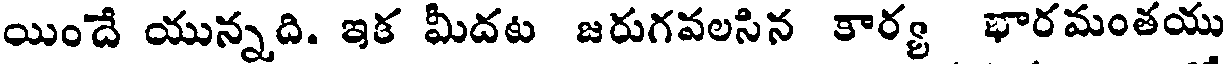
యిందే యున్నది. ఇక మీదట జరుగవలసిన కార్య భారమంతయు